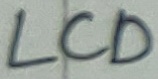
Text: LCD